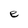
Character: e